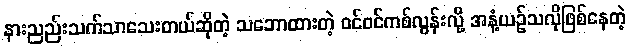
နားညည်းသက်သာသေးတယ်ဆိုတဲ့ သဘောထားတဲ့ ဝင်ဝင်ကစ်လွန်းလို့ အနံ့ယဉ်သလိုဖြစ်နေတဲ့